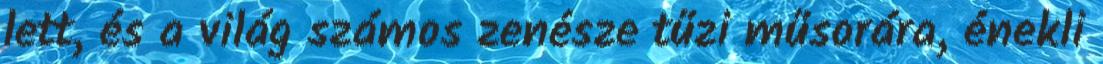
lett, és a világ számos zenésze tűzi műsorára, énekli